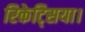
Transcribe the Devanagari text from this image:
रिकेट्सिया।